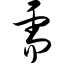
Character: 需